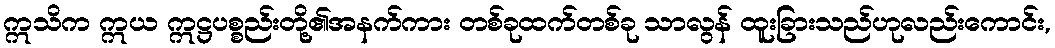
ဣသိက ဣယ ဣဋ္ဌပစ္စည်းတို့၏အနက်ကား တစ်ခုထက်တစ်ခု သာလွန် ထူးခြားသည်ဟုလည်းကောင်း,